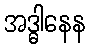
အဒ္ဓါနေန